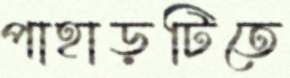
পাহাড়টিতে